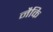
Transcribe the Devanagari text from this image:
नैकि